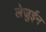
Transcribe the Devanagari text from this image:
लेजुईन